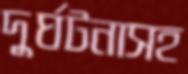
দুর্ঘটনাসহ